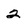
Character: 2